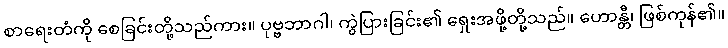
စာရေးတံကို စေခြင်းတို့သည်ကား။ ပုဗ္ဗဘာဂါ၊ ကွဲပြားခြင်း၏ ရှေးအဖို့တို့သည်။ ဟောန္တီ၊ ဖြစ်ကုန်၏။